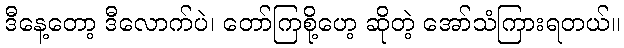
ဒီနေ့တော့ ဒီလောက်ပဲ၊ တော်ကြစို့ဟေ့ ဆိုတဲ့ အော်သံကြားရတယ်။